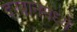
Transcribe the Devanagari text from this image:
दरबानमध्ये